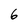
Character: 6